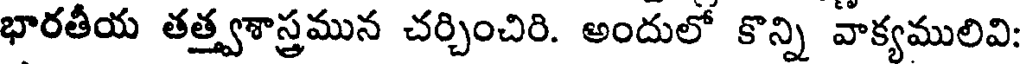
భారతీయ తత్త్వశాస్త్రమున చర్చించిరి. అందులో కొన్ని వాక్యములివి: